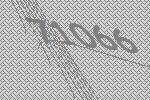
71066